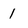
Character: 1